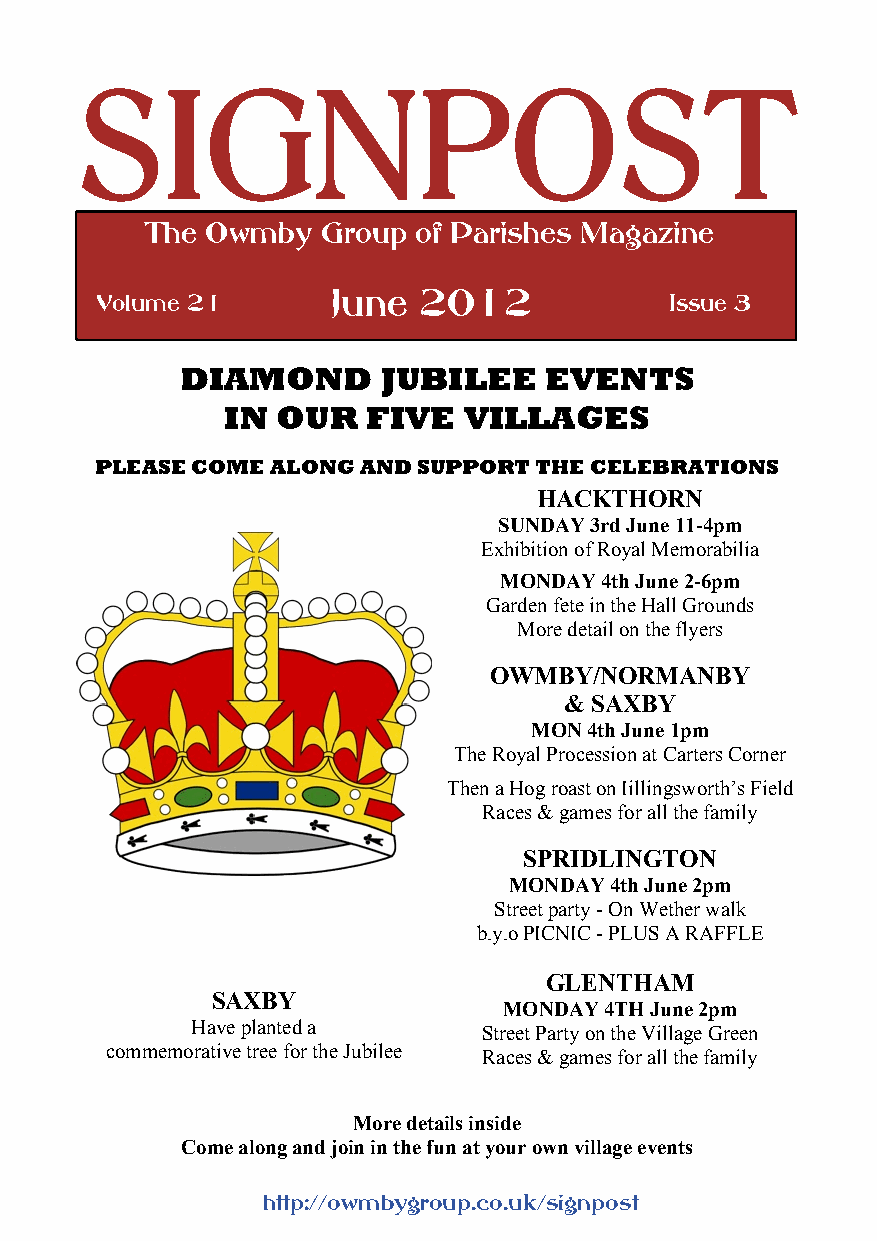
The Owmby  Group  of Parishes Magazine
 Volume 21       June  2012            Issue 3
 DIAMOND      JUBILEE    EVENTS
 IN OUR   FIVE   VILLAGES
 PLEASE COME ALONG AND SUPPORT THE CELEBRATIONS
 HACKTHORN
 SUNDAY 3rd June 11-4pm
 Exhibition of Royal Memorabilia
 MONDAY 4th June 2-6pm
 Garden fete in the Hall Grounds
 More detail on the flyers
 OWMBY/NORMANBY
 & SAXBY
 MON 4th June 1pm
 The Royal Procession at Carters Corner
 Then a Hog roast on Iillingsworth’s Field
 Races & games for all the family
 SPRIDLINGTON
 MONDAY 4th June 2pm
 Street party - On Wether walk
 b.y.o PICNIC - PLUS A RAFFLE
 GLENTHAM
 SAXBY
 MONDAY 4TH June 2pm
 Have planted a     Street Party on the Village Green
 commemorative tree for the Jubilee Races & games for all the family
 More details inside
 Come along and join in the fun at your own village events
 http://owmbygroup.co.uk/signpost